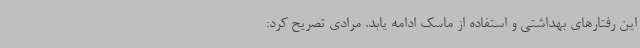
این رفتارهای بهداشتی و استفاده از ماسک ادامه یابد. مرادی تصریح کرد: